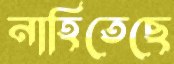
নাহিতেছে